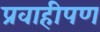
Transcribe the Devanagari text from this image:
प्रवाहीपण